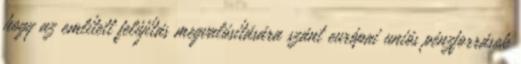
hogy az említett felújítás megvalósítására szánt európai uniós pénzforrások